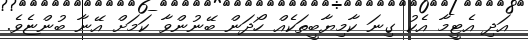
އަދި އެޓީމާ އެކު ގިނަ ކާމިޔާބީތަކެއް ހޯދަން ބޭނުންވާ ކަމަށް އޭނާ ބުންޏެވެ.